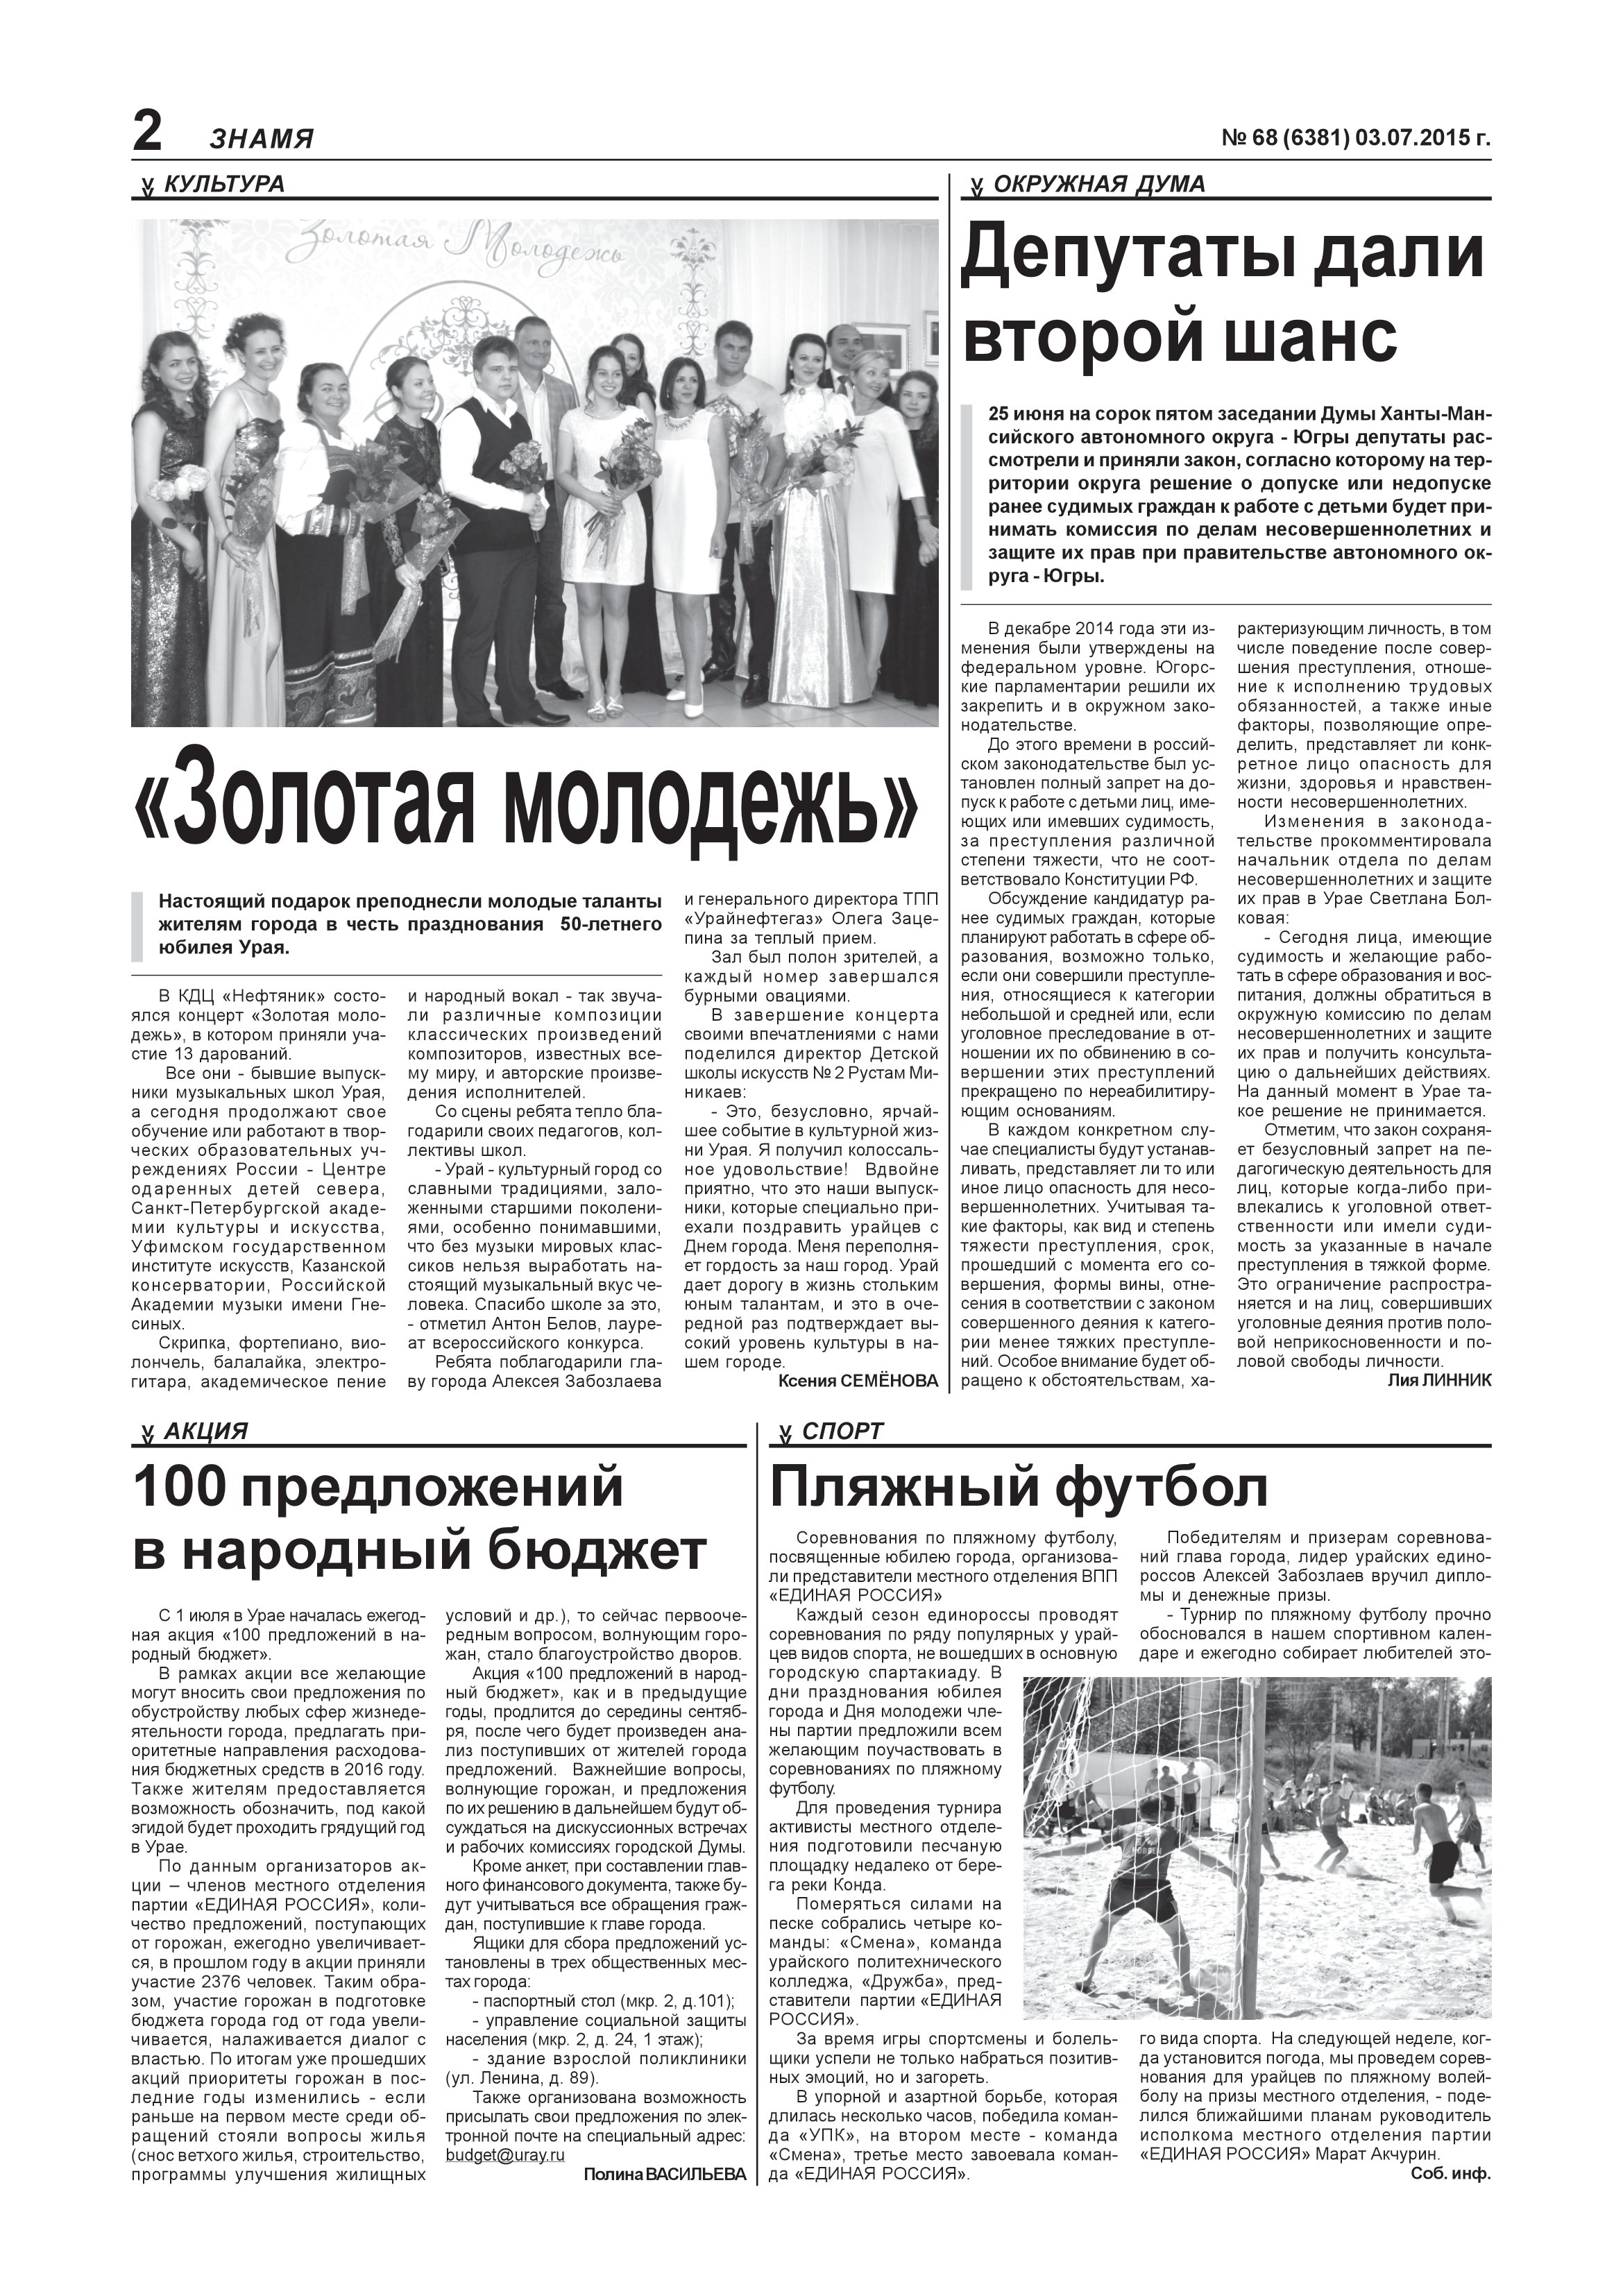
Language: ru